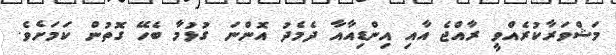
މަޝްވަރާކުރެއްވީ ރާއްޖެ އާއި އިންޑިއާއާ ދެމެދު އޮންނަ ގުޅުމާ ބެހޭ ގޮތުން ކަމަށެވެ.